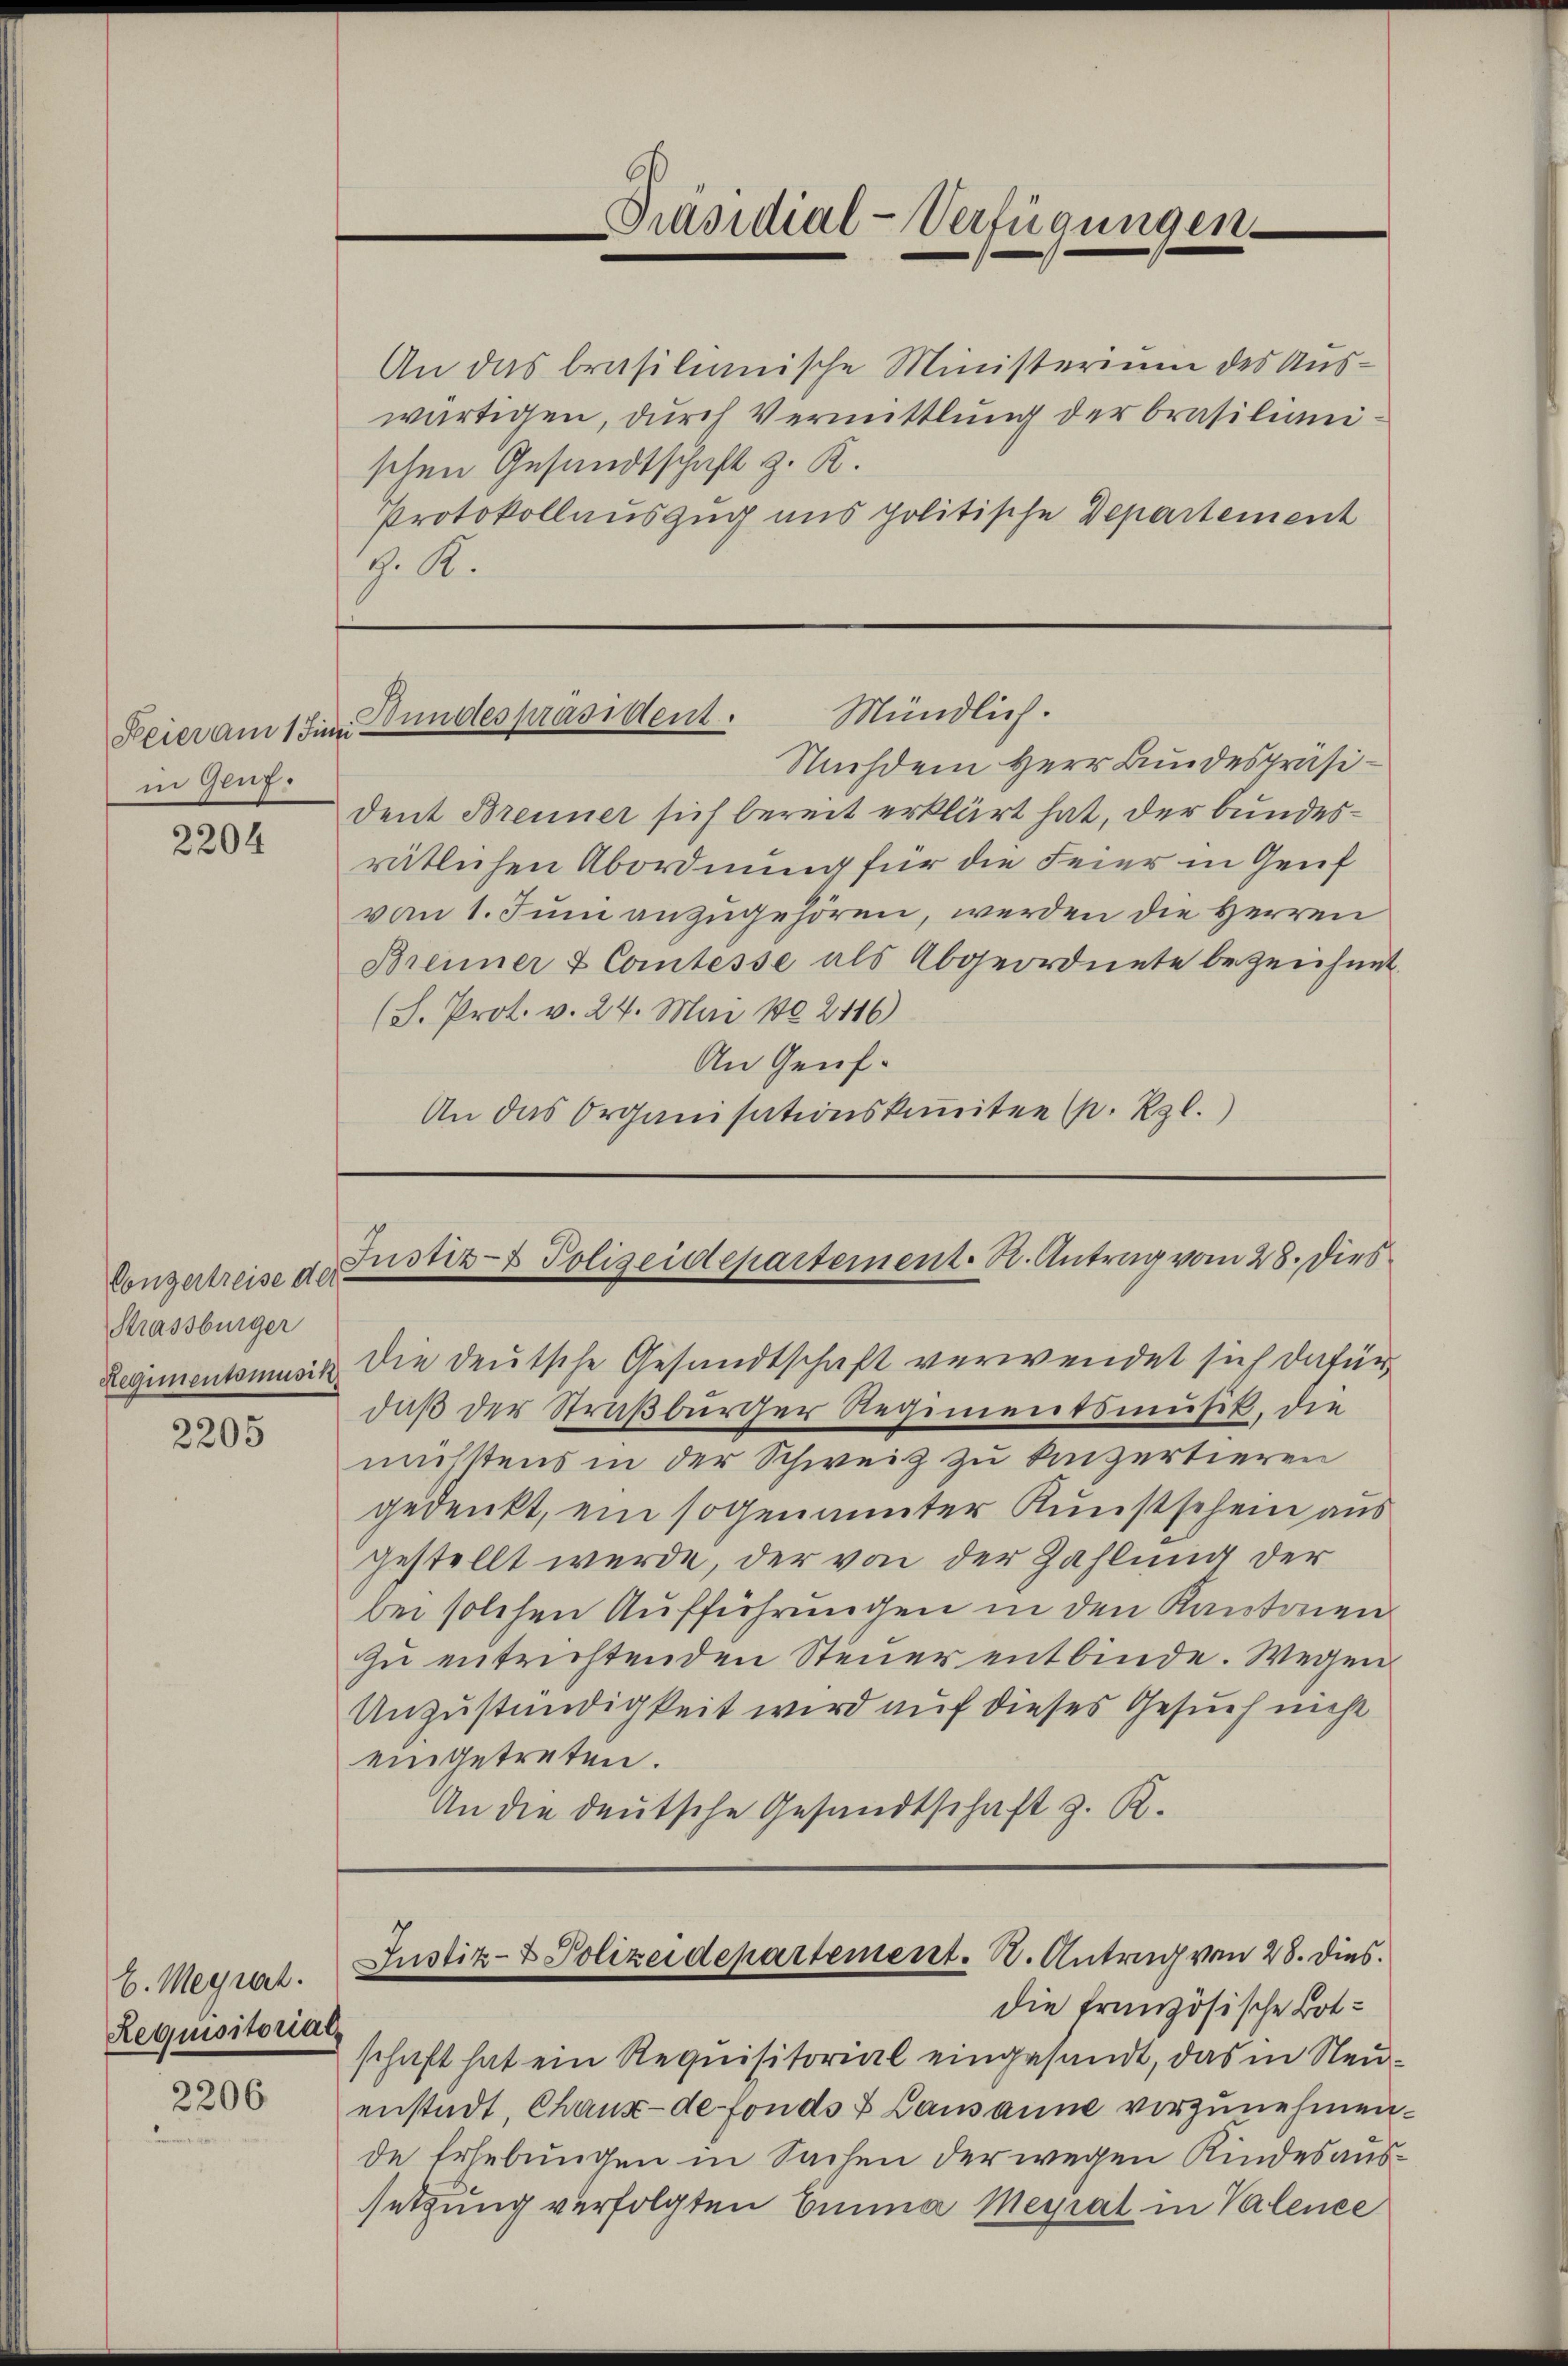
Feier am 1 Juni.
in Genz.

2204

Conzertreise der
Strassburger

2205

b. Megnat.
Requisitorial,

2206

Präsidial-Verfügungen.

An das brasilianische Ministerium des Auswärtigen, durch Vermittlung der Brasiliani
schen Gesandtschaft z. K.
Protokollauszug aus politische Departement
H. A.

Mündlich.
Bundespräsident.

Nachdem Herr Bundespräsident Brenner sich bereit erklärt hat, der bundesrätlichen Abordnung für die Feier in Genf
vom 1. Juni anzugehören, werden die Herren
Brenner & Comtesse als Abgeordnete bezeichnet.
(S. Prot. v. 24. Mai 102116)
An Genf.
An das Organisationskomitee (p. Rgl.)

Justiz- & Polizeidepartement. S. Antrag vom 28. Dies

Regimentsmusik die deutsche Gesandtschaft verwendet sich dafür,
daβ der Straβbürcher Regimentsmŭsik, die
müsstens in der Schweiz zu konzertieren
gedenkt, ein sogenannter Kunstschein aus
gestellt werde, der von der Zahlung der
bei solchen Aufführungen in den Kantonen
zu entrichtenden Steuer entbinde. Wegen
Unzuständigkeit wird auf dieses Gesuch nicht
eingetreten.
An die deutsche Gesandtschaft z. R.

Justiz- & Polizeidepartement. S. Antrag von 28. dies
die französische Botschaft hat ein Requisitorial eingesandt, das in Neu¬

enstadt, Chaux-de fonds & Lausanne vorzunehmen.
de Erhebungen in Sachen der wegen Kindesaussetzung verfolgten Emma Meyrat in Valence